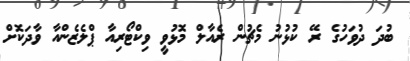
ބުދަ ދުވަހުގެ ރޭ ކުޅުނު މެޗުން ރެއާލް މޮޅުވީ ވިކްޓޯރިއާ ޕްލެޒެންއާ ވާދަކޮށް